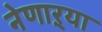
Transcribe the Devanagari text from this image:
नेणाऱ्या